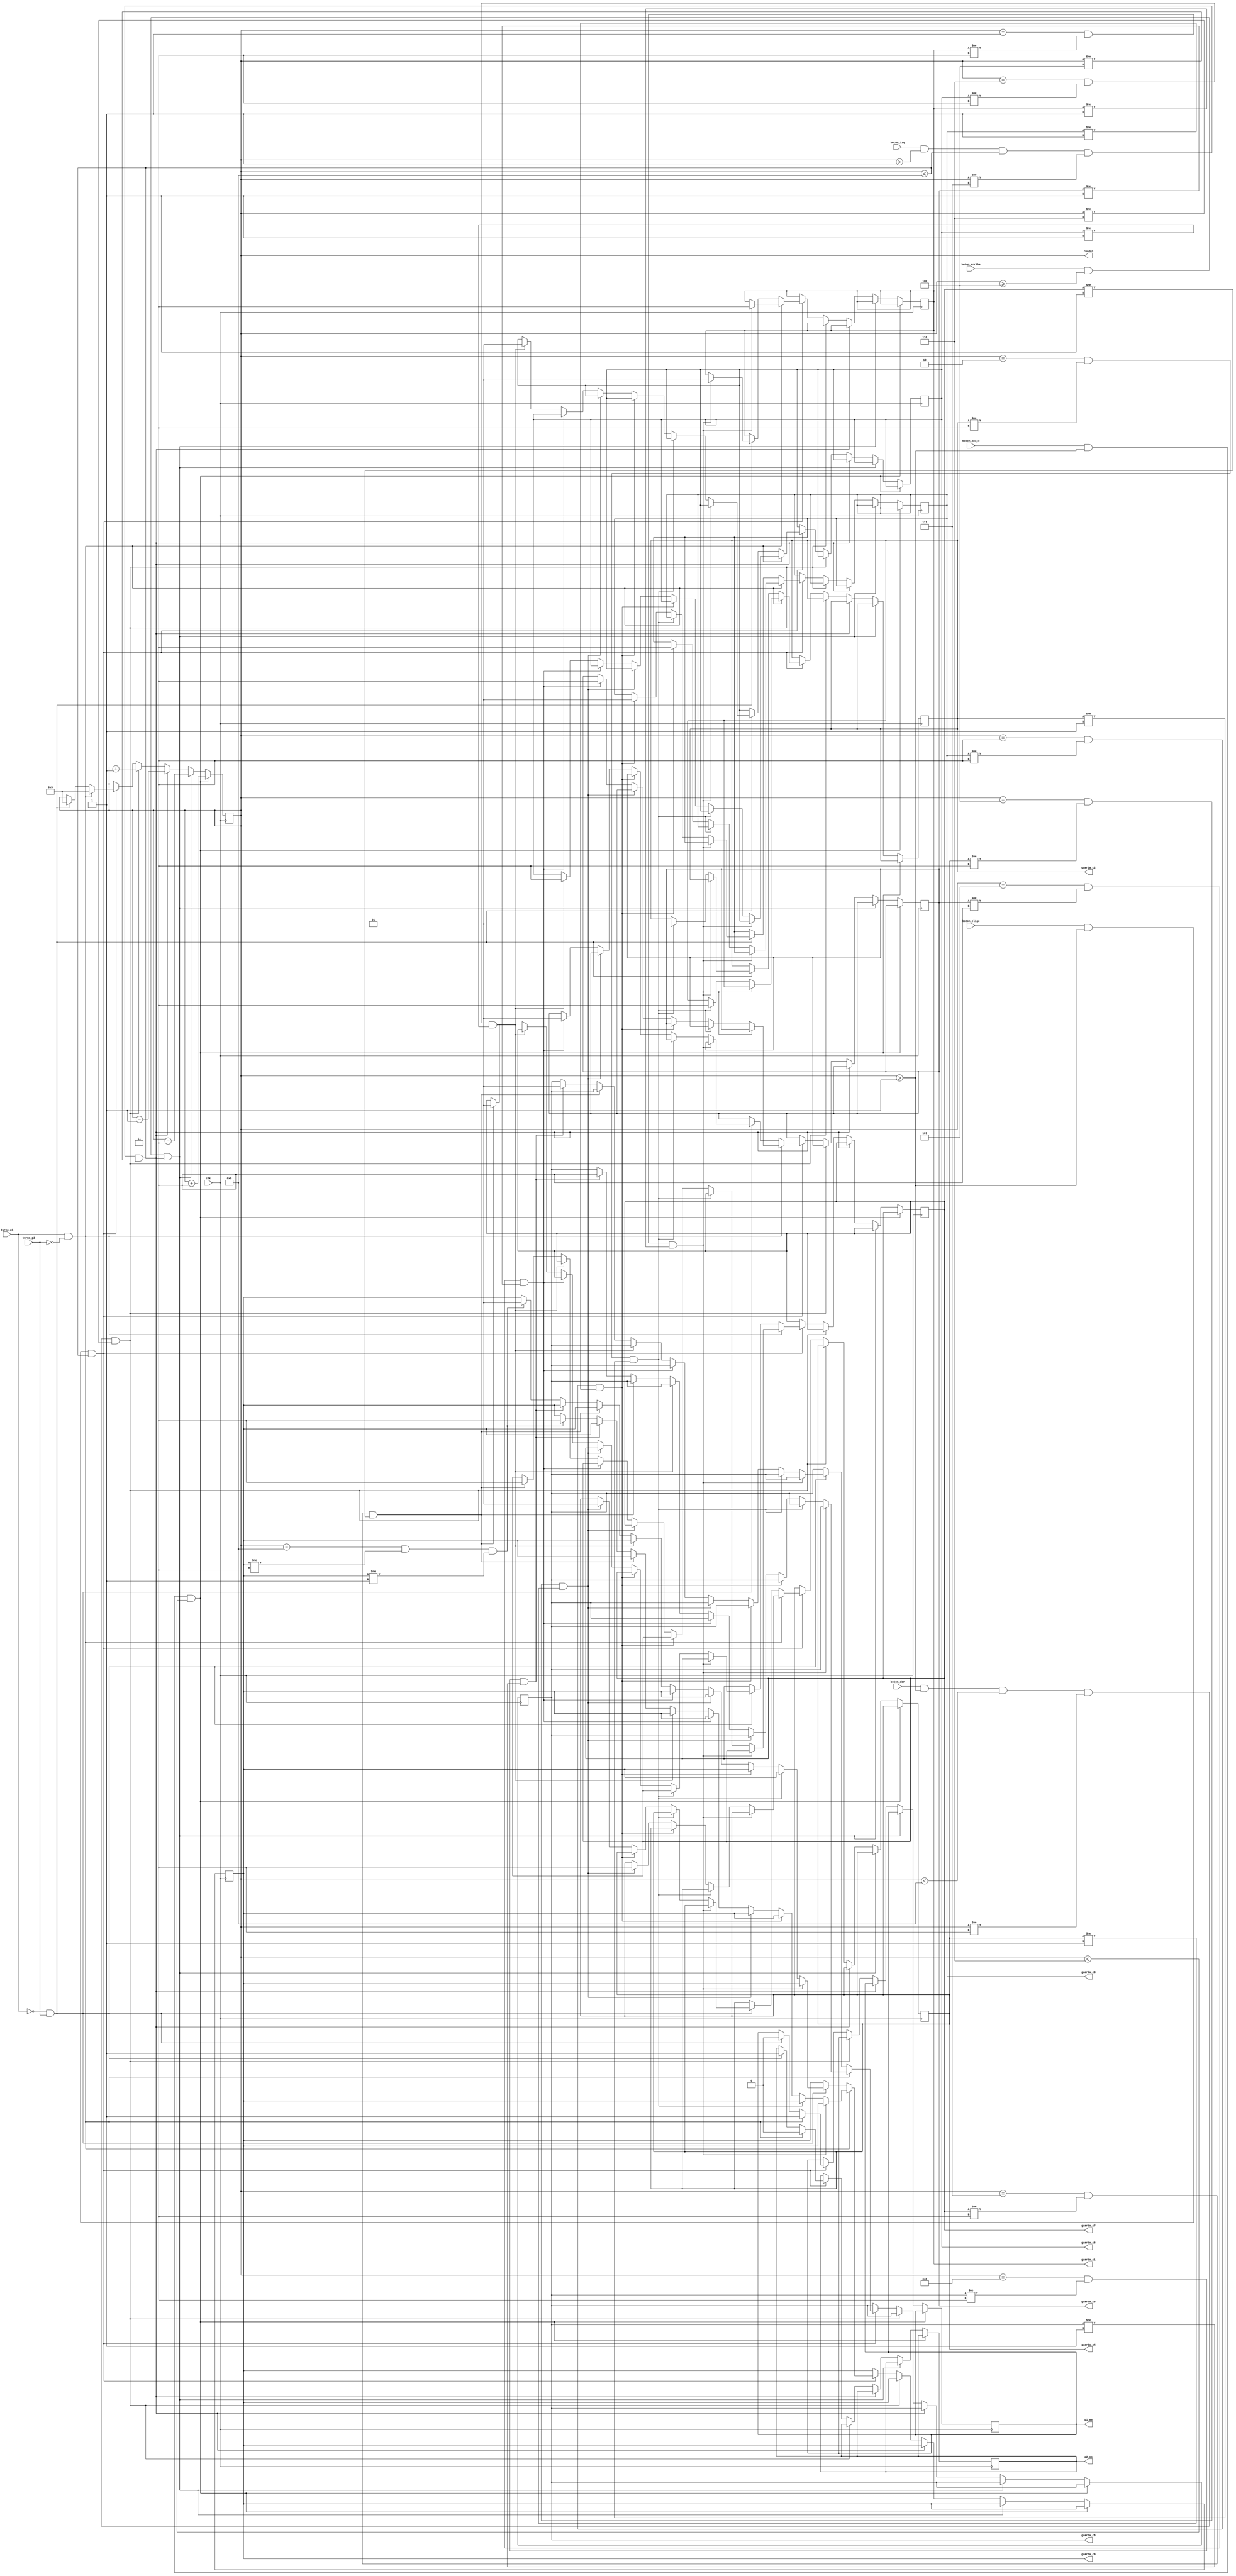
module Selector_Casillas(
	clk,
	boton_arriba,
	boton_abajo,
	boton_izq,
	boton_der,
	boton_elige,
	
	turno_p1, 
	turno_p2,
	
	guarda_c1,
	guarda_c2,
	guarda_c3,
	guarda_c4,
	guarda_c5,
	guarda_c6,
	guarda_c7,
	guarda_c8,
	guarda_c9,
	
	p1_mm,
	p2_mm,
	cuadro
   );
	input clk;
	
	input boton_elige, boton_arriba, boton_abajo, boton_izq, boton_der;
	
	input turno_p1, turno_p2;
	
	output reg p1_mm, p2_mm;
	
	output reg [3:0] cuadro;
	
	output reg [1:0] 	guarda_c1, guarda_c2, guarda_c3, guarda_c4, guarda_c5, guarda_c6, guarda_c7, guarda_c8, guarda_c9;

	
	initial cuadro <= 4'b0101;
	
	always @(posedge clk)//posedge boton_arriba, posedge boton_abajo, posedge boton_izq, posedge boton_der, posedge boton_elige)
		begin
			if ((boton_abajo == 1'b1) & (cuadro >= 4'b0001) & (cuadro <= 4'b0110))
				cuadro = cuadro + 4'b0011;
				
			else if ((boton_arriba == 1'b1) & (cuadro >= 4'b0100) & (cuadro <= 4'b1001))
				cuadro = cuadro - 4'b0011;
				
			else if ((boton_izq == 1'b1) & (cuadro > 4'b0001) & (cuadro <= 4'b1001) & (cuadro!=4'b0111) & (cuadro!=4'b0100))
				cuadro = cuadro - 4'b0001;
				
			else if ((boton_der == 1'b1) & (cuadro >= 4'b0001) & (cuadro < 4'b1001) & (cuadro!=4'b0011) & (cuadro!=4'b0110))
				cuadro = cuadro + 4'b0001;
				
			else if ((boton_elige == 1'b1) & (cuadro >= 4'b0001) & (cuadro <= 4'b1001))
				begin
				if (turno_p1 == 1'b1 & turno_p2 == 1'b0)
					begin
					//Guarda en los registros
					if (cuadro == 4'b0001 & guarda_c1 != 2'b11 & guarda_c1 != 2'b01)
						guarda_c1 = 2'b11;
					else if (cuadro == 4'b0010 & guarda_c2 != 2'b11 & guarda_c2 != 2'b01)
						guarda_c2 = 2'b11;
					else if (cuadro == 4'b0011 & guarda_c3 != 2'b11 & guarda_c3 != 2'b01)
						guarda_c3 = 2'b11;
					else if (cuadro == 4'b0100 & guarda_c4 != 2'b11 & guarda_c4 != 2'b01)
						guarda_c4 = 2'b11;
					else if (cuadro == 4'b0101 & guarda_c5 != 2'b11 & guarda_c5 != 2'b01)
						guarda_c5 = 2'b11;
					else if (cuadro == 4'b0110 & guarda_c6 != 2'b11 & guarda_c6 != 2'b01)
						guarda_c6 = 2'b11;
					else if (cuadro == 4'b0111 & guarda_c7 != 2'b11 & guarda_c7 != 2'b01)
						guarda_c7 = 2'b11;
					else if (cuadro == 4'b1000 & guarda_c8 != 2'b11 & guarda_c8 != 2'b01)
						guarda_c8 = 2'b11;
					else if (cuadro == 4'b1001 & guarda_c9 != 2'b11 & guarda_c9 != 2'b01)
						guarda_c9 = 2'b11;
					//pone al jugador en movimiento
					//equis <= cuadro;
					p1_mm = 1'b1;
					p2_mm = 1'b0;
					cuadro = 4'b0101;
					end
				else if (turno_p1 == 1'b0 & turno_p2 == 1'b1)
					begin
					//Guarda en los registros
					if (cuadro == 4'b0001 & guarda_c1 != 2'b11 & guarda_c1 != 2'b01)
						guarda_c1 = 2'b01;
					else if (cuadro == 4'b0010 & guarda_c2 != 2'b11 & guarda_c2 != 2'b01)
						guarda_c2 = 2'b01;
					else if (cuadro == 4'b0011 & guarda_c3 != 2'b11 & guarda_c3 != 2'b01)
						guarda_c3 = 2'b01;
					else if (cuadro == 4'b0100 & guarda_c4 != 2'b11 & guarda_c4 != 2'b01)
						guarda_c4 = 2'b01;
					else if (cuadro == 4'b0101 & guarda_c5 != 2'b11 & guarda_c5 != 2'b01)
						guarda_c5 = 2'b01;
					else if (cuadro == 4'b0110 & guarda_c6 != 2'b11 & guarda_c6 != 2'b01)
						guarda_c6 = 2'b01;
					else if (cuadro == 4'b0111 & guarda_c7 != 2'b11 & guarda_c7 != 2'b01)
						guarda_c7 = 2'b01;
					else if (cuadro == 4'b1000 & guarda_c8 != 2'b11 & guarda_c8 != 2'b01)
						guarda_c8 = 2'b01;
					else if (cuadro == 4'b1001 & guarda_c9 != 2'b11 & guarda_c9 != 2'b01)
						guarda_c9 = 2'b01;
					//pone al jugador en movimiento
					//circulo <= cuadro;
					p1_mm = 1'b0;
					p2_mm = 1'b1;
					cuadro = 4'b0101;
					end
			end
		end
endmodule